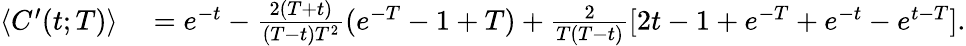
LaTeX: \begin{array}{rl}{\langle C^{\prime}(t;T)\rangle}&{{}=e^{-t}-\frac{2(T+t)}{(T-t)T^{2}}(e^{-T}-1+T)+\frac{2}{T(T-t)}[2t-1+e^{-T}+e^{-t}-e^{t-T}].}\end{array}